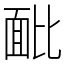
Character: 䩃